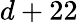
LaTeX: d+22